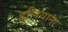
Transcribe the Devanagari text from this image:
हुलियानो